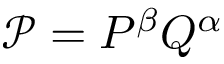
\mathcal { P } = P ^ { \beta } Q ^ { \alpha }